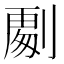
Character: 𭄏